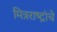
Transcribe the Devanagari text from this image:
मित्रराष्ट्रांचे